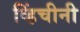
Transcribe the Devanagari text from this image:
व्हिंचीनी